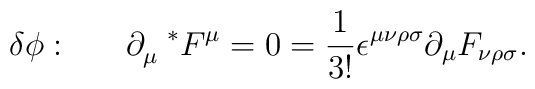
\delta\phi :~~~~~\partial_{\mu}^{~~*}F^{\mu}=0=\frac{1}{3!}\epsilon^{\mu\nu\rho\sigma}\partial_{\mu}F_{\nu\rho\sigma}.